King Institute of Preventive Medicine Bacteriolog. Section reports 1907-08
Year: 1907
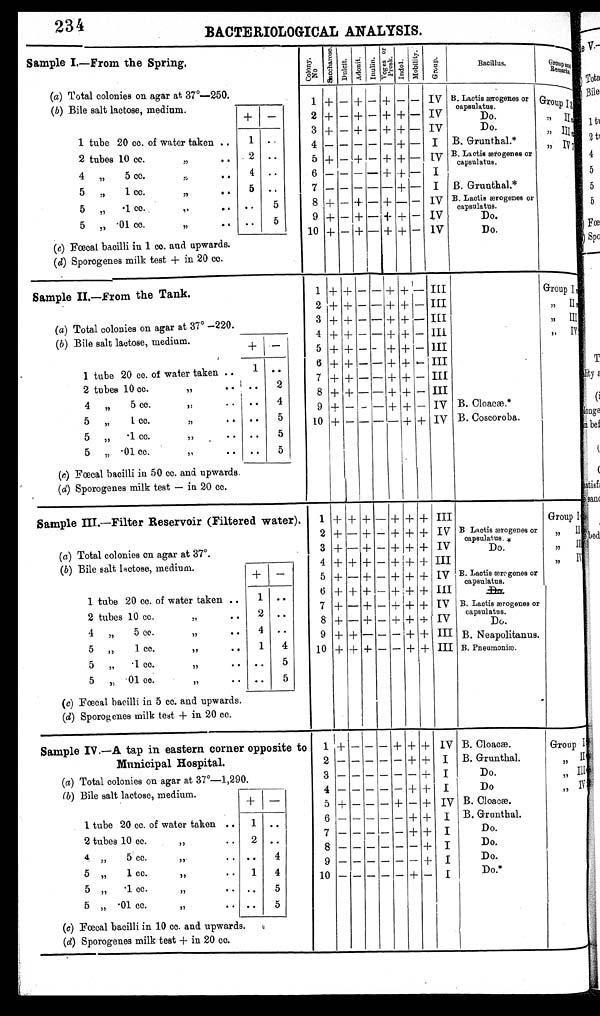
234
0 B A C T E R I O L O G I C A L A N A L Y S I S .
Sample I.—From the Spring.
C o l o n y N o . S a c h e r o s
D u l c i t
Adonit I n u l i n
V o g e s o r P r o s k
I n d o l
M o b i l i t y
G r o u p
B a c i l l u s
G r o u p a n d R e m a r k s .
( a ) T o t a l C o l o n i e s o n a g a r a t 3 7 º — 2 5 0 .
( b ) B i l e s a l t l a c t o s e , m e d i u m
1
+ – + – + – –
I V
B . L a c t i s æ r o g e n e s o r c a p s u l a t e s
G r o u p I
+
–
I V
2 + – + – +
+
—
+ –
1 tube 20 cc. of water taken ..
3 + – + – + + –
I V
D o . ,, III
1
..
4 – – – – – + –
I
B . G r u n t h a l .
,,. IV
2 tubes 10 cc.
. .
2
..
5 + – + –
+
+ –
I V
B . L a c t i s æ e r o g e n e s o r c a p s u l a t e s .
4
..
6 – – – – – – –
I
5
..
7 – – – – – – –
I
B . G r u n t h a l
..
5
8 + – – – – – –
I V
B . L a c t i s æ r o g e n e s o r c a p s u l a t e s
..
5
9 + – + – + + –
I V
D o
1 0 + – + – + + –
( c ) F œ c a l b a c i l l i i n 1 c c . a n d u p w a r d s
(d) Sporogenes milk test + in 20 cc.
Sample II.—From the Tank.
1 +
+ – – + + –
I I I
Group I
2 +
+ – – + + –
I I I
,, II
( a ) T o t a l C o l o n i e s o n a g a r a t 3 7 º — 2 2 0 .
3 +
+ – – + + –
I I I
,, III
+
–
4
+
+ – – + + –
I I I
( b ) B i l e s a l t l a c t o s e , m e d i u m
5 +
+ – – + + –
I I I
1 tube 20 cc. of water taken ..
. .
1
..
6 +
+ – – + + – III
7 +
+ – – + + –
I I I
..
2
2 t u b e s 1 0 c c . , , . .
8 +
+ – – + + –
I I I
..
4
4
5 cc.
,, . .
9 +
– – – + + –
I V
B. Cloacæ.
..
5
5 , , 1 c c . , , . .
1 0 +
– – – – +
+
I V
B. Coscoroba
5 , , . 1 c c , , . .
..
5
5 „ .01 cc.
,,
.. .. 5
(c) Fœcal bacilli in 50 cc. and upwards.
( d ) S p o r o g e n e s m i l k t e s t — i n 2 0 c c .
Sample III.—Filter Reservoir (Filtered water).
1 + + +
– + + + III
Group I
2 + – + – + + + IV B Lactis ærogenes or
capsulatus.
,, II
(a) Total colonies on agar at 37º.
3 + – + – + + + IV
Do.
,, III
+
–
4 + + + – + + + III
,, IV
(b) Bile salt lactose, medium.
5 + – + – + + +
I V B. Lactis ærogenes or
capsulatus.
1 tube 20 cc. of water taken ..
1
. .
6 + + + – + + + III
D o .
2
. .
7 + – + – + + + IV B. Lactis ærogenes or
capsulatus.
2 tubes 10 cc.
, ,
. .
8 + – + – + + + IV
Do.
4 ,,
5 cc.
,,
. . 4 ..
9 + + – – – + +
I I B. Neapolitanus.
5 „
1 cc.
,,
..
1 4
10
+
+ + +
–
– + + III B. Pneumoniæ.
5
„
.1 cc.
,,
.. .. 5
5 „ .01 cc.
,,
..
5
(c) Fœcal bacilli in 5 cc. and upwards.
(d) Sporogenes milk test + in 20 cc.
Sample IV.—A tap in eastern corner opposite to
Municipal Hospital.
1 + — — — + + + IV B. Cloacæ.
Group I
2 –
– — — — + + I B. Grunthal.
,, II
(a) Total colonies on agar at 37º—1,290.
3 –
– – – – – + I
Do.
III
(b) Bile salt lactose, medium.
4 –
– – – – + + I Do
,,
I V
+
–
5 +
– –
– +
– + IV B. Cloacæ.
1 tube 20 cc. of water taken .. 1
. .
6 –
– – – – + + I B. Grunthal.
7 –
– – – – + + I
Do.
2 tubes 10 cc.
.. 2 ..
8 –
– – – – – + I
Do.
4,,
5 cc.
,,
. . ..
4
9 –
– – – – – + I
Do.
5
1 cc..
1 4
10 –
– – – – + –
Do.*
5 „
. 1 c c .
. . ..
5
5 „ .01 cc.
,, .. . .
5
(c) Fœcal bacilli in 10 cc. and upwards.
(d) Sporogenes milk test + in 20 cc.